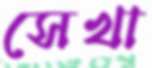
সেখা